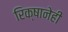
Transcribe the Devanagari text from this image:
रिक्षानेही